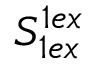
S _ { 1 e x } ^ { 1 e x }